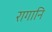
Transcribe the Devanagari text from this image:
रागानि